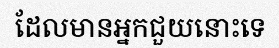
ដែលមានអ្នកជួយនោះទេ